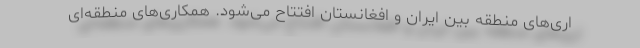
اری‌های منطقه بین ایران و افغانستان افتتاح می‌شود. همکاری‌های منطقه‌ای